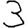
Digit: 3